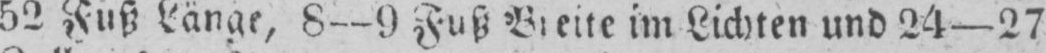
52 Fuss Länge, 8--9 Fuss Breite im Lichten und 24-27